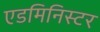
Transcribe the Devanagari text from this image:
एडमिनिस्टर